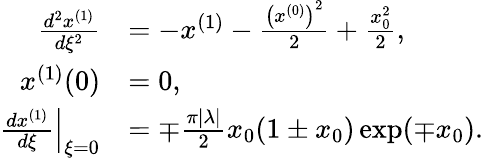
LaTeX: \begin{array}{rl}{\frac{d^{2}x^{(1)}}{d\xi^{2}}}&{=-x^{(1)}-\frac{\left(x^{(0)}\right)^{2}}{2}+\frac{x_{0}^{2}}{2},}\\ {x^{(1)}(0)}&{=0,}\\ {\left.\frac{dx^{(1)}}{d\xi}\right|_{\xi=0}}&{=\mp\frac{\pi|\lambda|}{2}x_{0}(1\pm x_{0})\exp(\mp x_{0}).}\end{array}